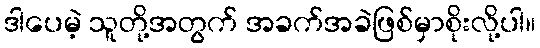
ဒါပေမဲ့ သူတို့အတွက် အခက်အခဲဖြစ်မှာစိုးလို့ပါ။